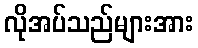
လိုအပ်သည်များအား